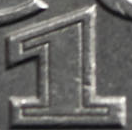
1